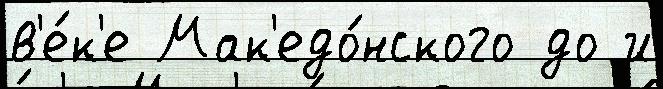
в'е́к'е Мак'едо́нского до и